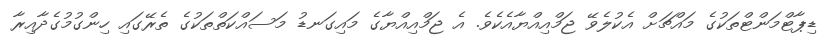
ޑިޕާޓްމަންޓްތަކުގެ މައްޗަށް އެކުލެވޭ ޖަމްއިއްޔާއެކެވެ. އެ ޖަމްއިއްޔާގެ މައިގަނޑު މަސައްކަތްތަކުގެ ތެރޭގައި ހިންގުމުގެދާއިރާ